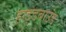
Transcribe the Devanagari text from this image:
हाइडबाउंड